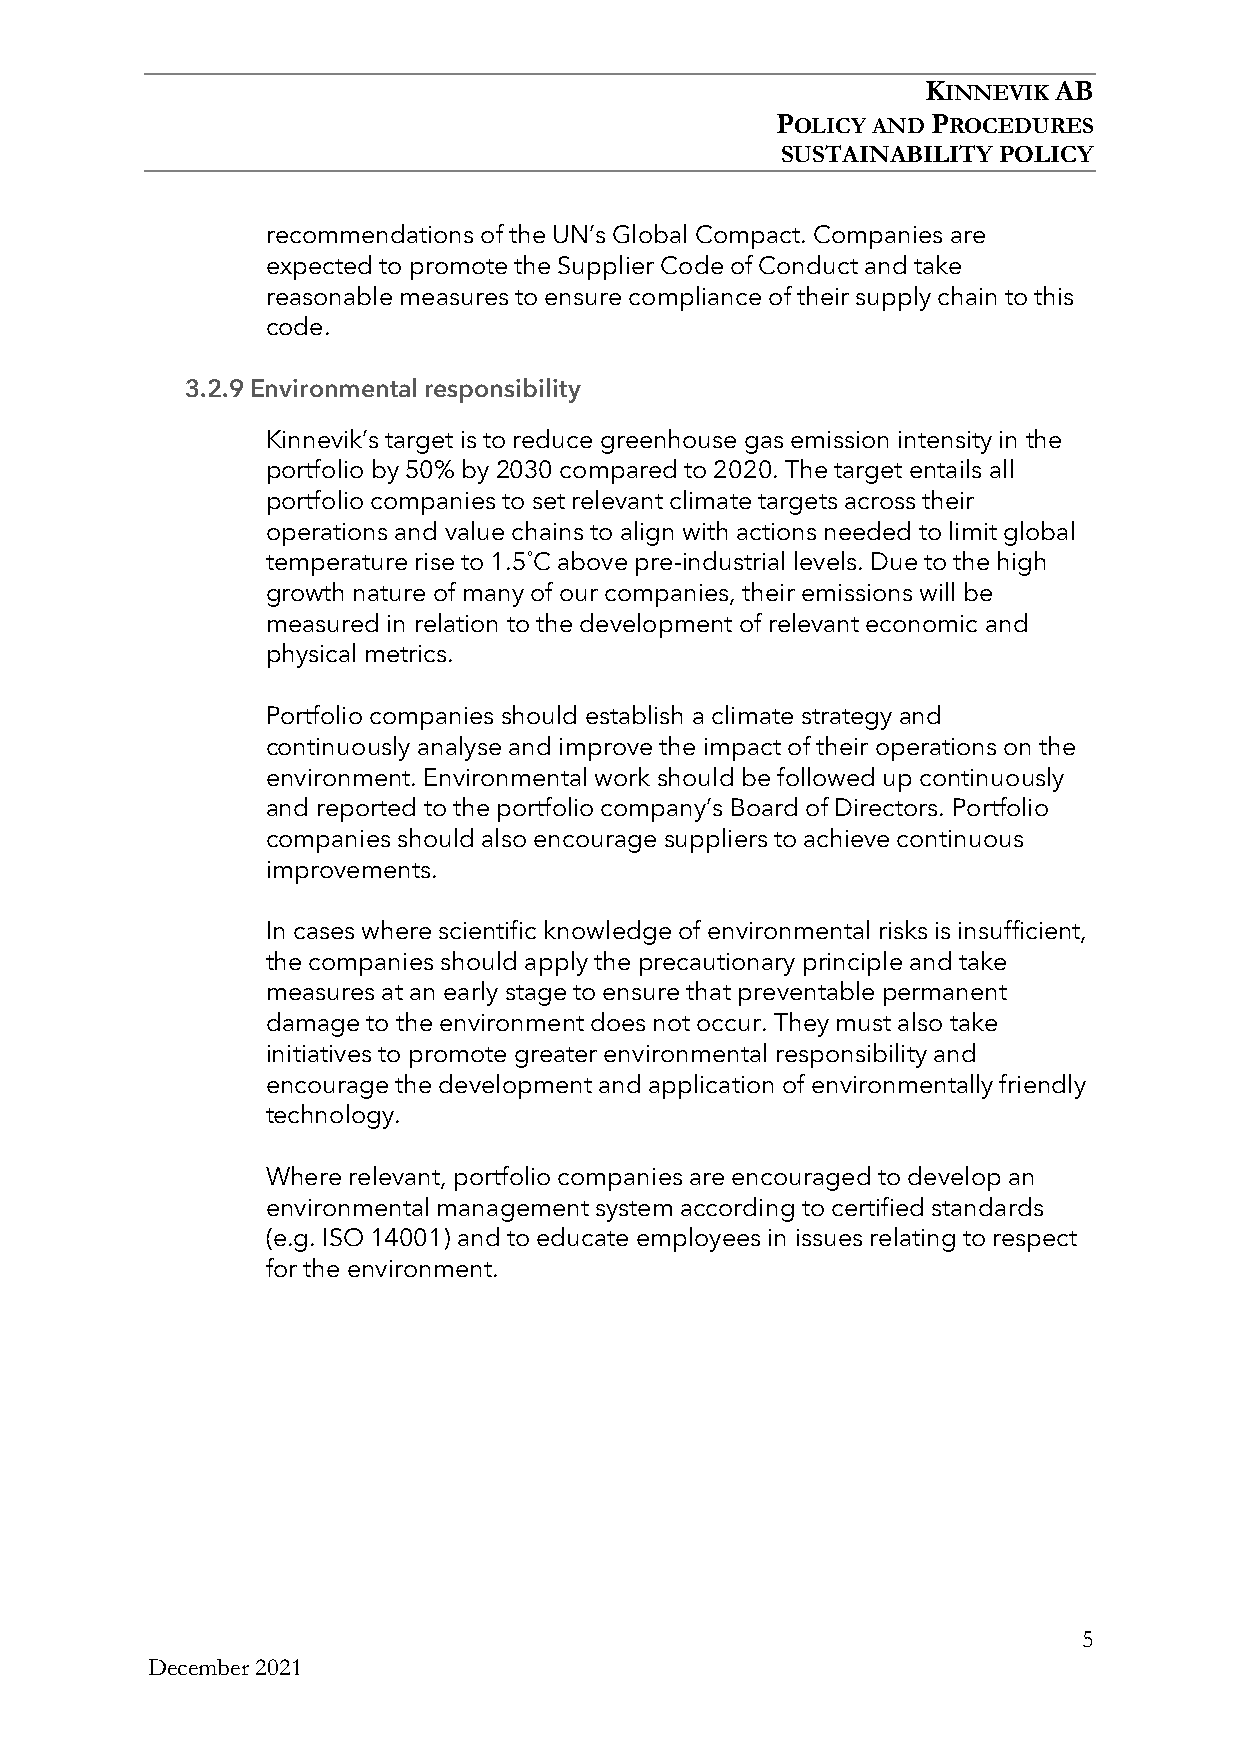
KINNEVIK AB
 POLICY AND PROCEDURES
 SUSTAINABILITY POLICY
 recommendations of the UN’s Global Compact. Companies are
 expected to promote the Supplier Code of Conduct and take
 reasonable measures to ensure compliance of their supply chain to this
 code.
 3.2.9 Environmental responsibility
 Kinnevik’s target is to reduce greenhouse gas emission intensity in the
 portfolio by 50% by 2030 compared to 2020. The target entails all
 portfolio companies to set relevant climate targets across their
 operations and value chains to align with actions needed to limit global
 temperature rise to 1.5˚C above pre-industrial levels. Due to the high
 growth nature of many of our companies, their emissions will be
 measured in relation to the development of relevant economic and
 physical metrics.
 Portfolio companies should establish a climate strategy and
 continuously analyse and improve the impact of their operations on the
 environment. Environmental work should be followed up continuously
 and reported to the portfolio company’s Board of Directors. Portfolio
 companies should also encourage suppliers to achieve continuous
 improvements.
 In cases where scientific knowledge of environmental risks is insufficient,
 the companies should apply the precautionary principle and take
 measures at an early stage to ensure that preventable permanent
 damage to the environment does not occur. They must also take
 initiatives to promote greater environmental responsibility and
 encourage the development and application of environmentally friendly
 technology.
 Where relevant, portfolio companies are encouraged to develop an
 environmental management system according to certified standards
 (e.g. ISO 14001) and to educate employees in issues relating to respect
 for the environment.
 5
 December 2021